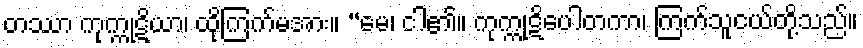
တဿာ ကုက္ကုဋိယာ၊ ထိုကြက်မအား။ “မေ၊ ငါ၏။ ကုက္ကုဋိပေါတကာ၊ ကြက်သူငယ်တို့သည်။